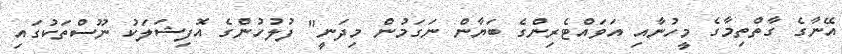
އޭނާގެ ގާތްތިމާގެ މީހުނާއި އަވައްޓެރިންގެ ބަޔާން ނަގަމުން މިދަނީ" ފުލުހުންގެ އޮފިޝަލަކު ނޫސްތަކުގައި